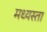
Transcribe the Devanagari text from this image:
मध्‍यस्ता